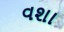
વશા